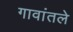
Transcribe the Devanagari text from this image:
गावांतले